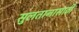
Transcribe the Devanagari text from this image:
सुलतानासाठी